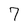
Character: 7